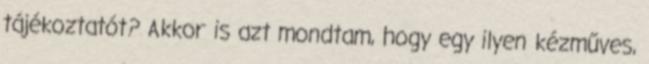
tájékoztatót? Akkor is azt mondtam, hogy egy ilyen kézműves,